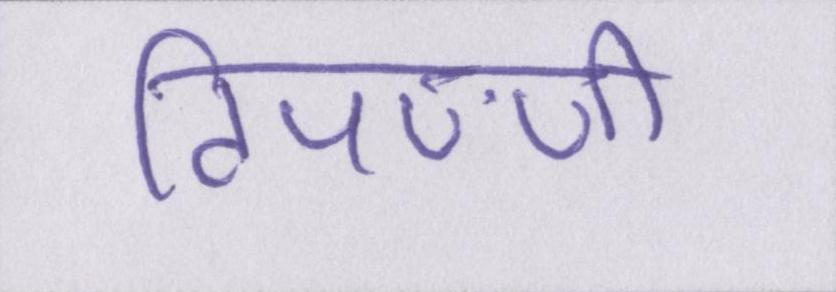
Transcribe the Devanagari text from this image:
टिपण्णी